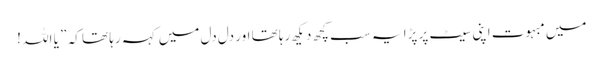
میں مبہوت اپنی سیٹ پر پڑا یہ سب کچھ دیکھ رہا تھا اور دل دل میں کہہ رہا تھا کہ ” یا اللہ !